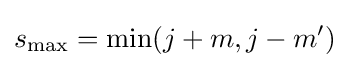
s_{\mathrm {max} }=\mathrm {min} (j+m,j-m')